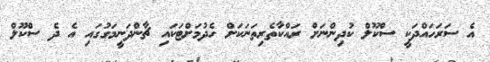
އެ ސަރަހައްދަކީ ސްކޫލް ކުދިންނަށް ރައްކާތެރިތަނަކަށް ހެދުމަށްޓަކައި ޗާންދަނީމަގުގައި އެ ދެ ސްކޫލް